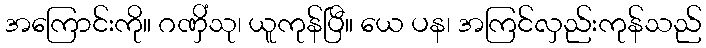
အကြောင်းကို။ ဂဏှိံသု၊ ယူကုန်ပြီ။ ယေ ပန၊ အကြင်လှည်းကုန်သည်